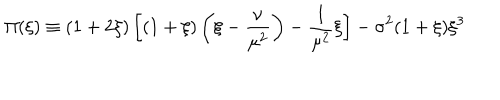
\Pi ( \xi ) \equiv ( 1 + 2 \xi ) \left[ ( 1 + \xi ) \left( \xi - \frac { \nu } { \mu ^ { 2 } } \right) - \frac { 1 } { \mu ^ { 2 } } \xi \right] - \sigma ^ { 2 } ( 1 + \xi ) \xi ^ { 3 }